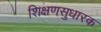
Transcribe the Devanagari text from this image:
शिक्षणसुधारक